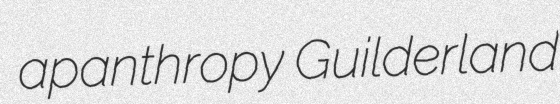
apanthropy Guilderland